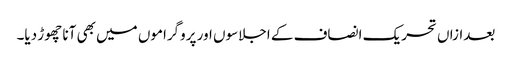
بعدازاں تحریک انصاف کے اجلاسوں اور پروگراموں میں بھی آنا چھوڑ دیا۔